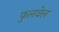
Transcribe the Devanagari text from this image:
फुलवेल